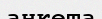
анкета